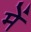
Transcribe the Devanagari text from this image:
में